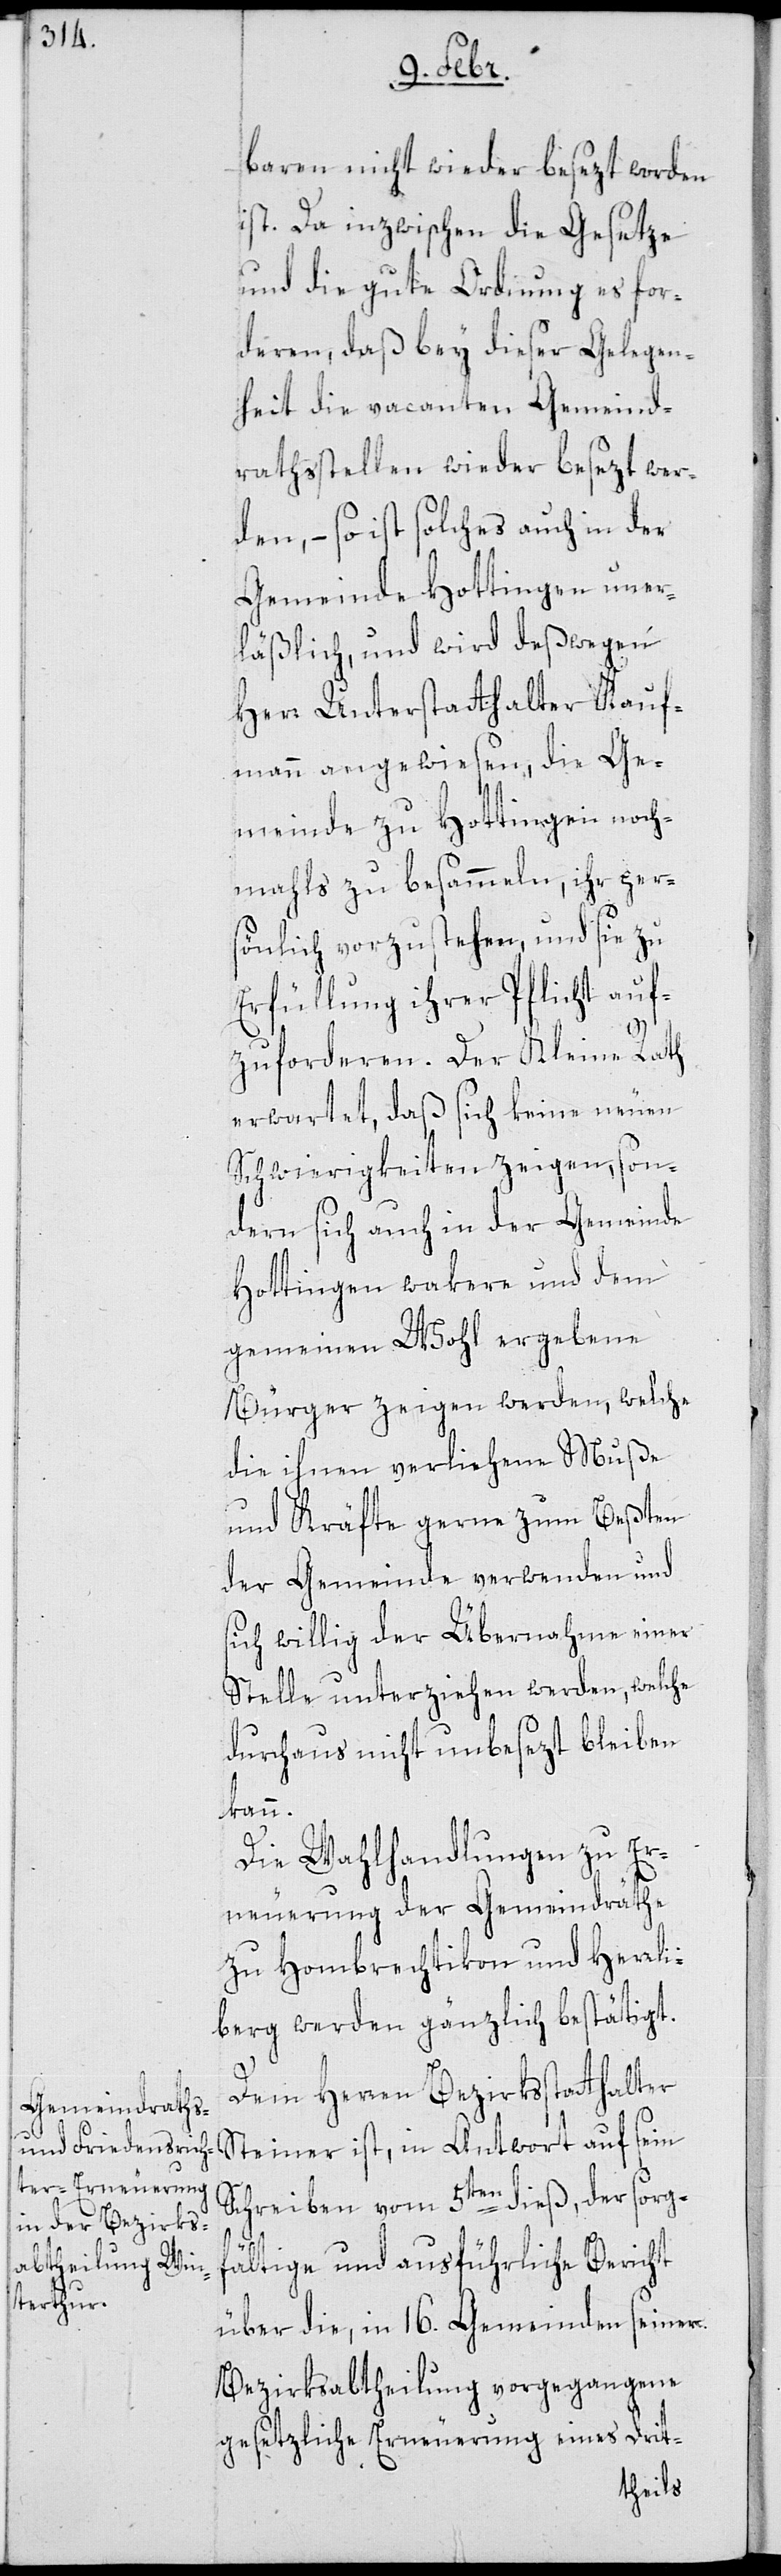
baren nicht wieder besezt worden
ist. Da inzwischen die Gesetze
und die gute Ordnung es for¬
deren, daß bey dieser Gelegen¬
heit die vacanten Gemeind¬
rathsstellen wieder besezt wer¬
den, – so ist solches auch in der
Gemeinde Hottingen uner¬
läßlich, und wird deßwegen
Herr Unterstatthalter Kauf¬
mann angewiesen, die Ge¬
meinde zu Hottingen noch¬
mahls zu besammeln, ihr per¬
sönlich vorzustehen, und sie zu
Erfüllung ihrer Pflicht auf¬
zuforderen. Der Kleine Rath
erwartet, daß sich keine neuen
Schwierigkeiten zeigen, son¬
dern sich auch in der Gemeinde
Hottingen wakere und dem
gemeinen Wohl ergebene
Bürger zeigen werden, welche
die ihnen verliehene Muße
und Kräfte gerne zum Beßten
der Gemeinde verwenden und
sich willig der Übernahme einer
Stelle unterziehen werden, welche
durchaus nicht unbesezt bleiben
kann.
Die Wahlhandlungen zu Er¬
neuerung der Gemeindräthe
zu Hombrechtikon und Herrli¬
berg werden gänzlich bestätigt.
Dem Herren Bezirksstatthalter
Steiner ist, in Antwort auf sein
Schreiben vom 5ten dieß, der sorgf¬
ältige und ausführliche Bericht
über die, in 16. Gemeinden seiner
Bezirksabtheilung vorgegangene
gesetzliche Erneuerung eines Drit-